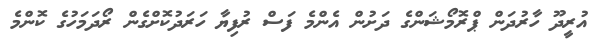
އުރީދޫ ހާރުދަން ޕްރޮމޯޝަންގެ ދަށުން އެންމެ ފަސް ރުފިޔާ ހަރަދުކޮށްގެން ރޯދަމަހުގެ ކޮންމެ